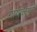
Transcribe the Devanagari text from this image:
गायकीमुळे